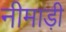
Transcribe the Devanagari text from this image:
नीमाड़ी